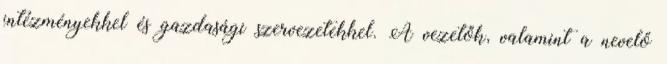
intézményekkel és gazdasági szervezetekkel. A vezetők, valamint a nevelő